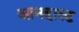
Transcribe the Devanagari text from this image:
आनहाल्ट